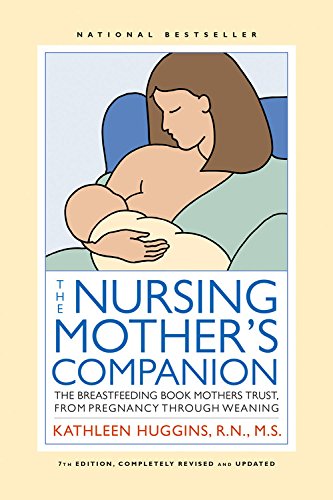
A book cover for The Nursing Mother's Companion - 7th Edition: The Breastfeeding Book Mothers Trust, from Pregnancy through Weaning; Kathleen Huggins; Parenting & Relationships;